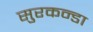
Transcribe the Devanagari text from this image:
सुरकन्डा